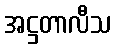
အဋ္ဌတာလီသ